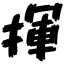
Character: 揮